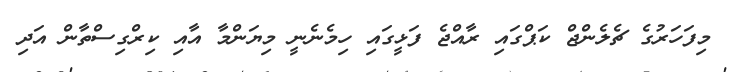
މިފަހަރުގެ ޗެލެންޖް ކަޕްގައި ރާއްޖެ ފަޅީގައި ހިމެނެނީ މިޔަންމާ އާއި ކިރްގިސްތާން އަދި